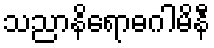
သညာနိရောဓဂါမိနီ